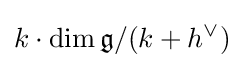
k\cdot \dim {\mathfrak {g}}/(k+h^{\vee })